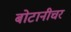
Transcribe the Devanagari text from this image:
बोटानीचर